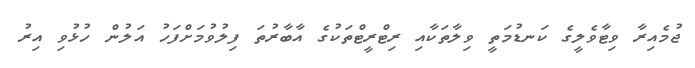
ޖުމެއިރާ ވިޓާވެލީގެ ކަނޑުމަތީ ވިލާތަކާއި ރިޓްރީޓްތަކުގެ އާބާރުތަ ފިލުވުމަށްފަހު އަލުން ހުޅުވި އިރު